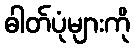
ဓါတ်ပုံများကို